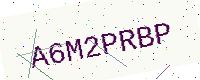
Text: A6M2PRBP